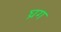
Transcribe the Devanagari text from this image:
घ्रग